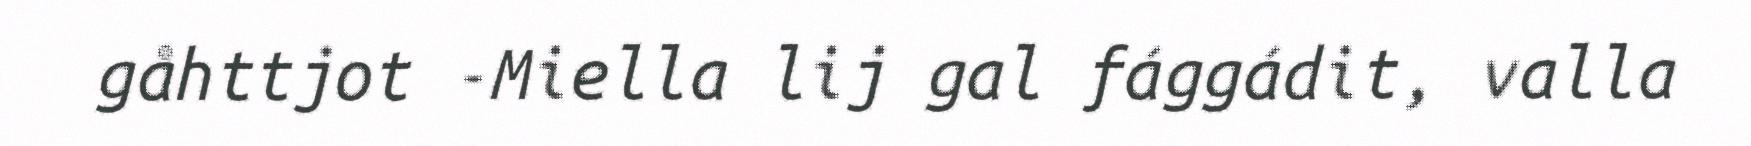
gåhttjot -Miella lij gal fággádit, valla